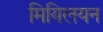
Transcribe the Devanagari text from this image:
मियिलयन